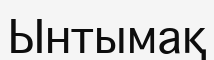
Ынтымақ